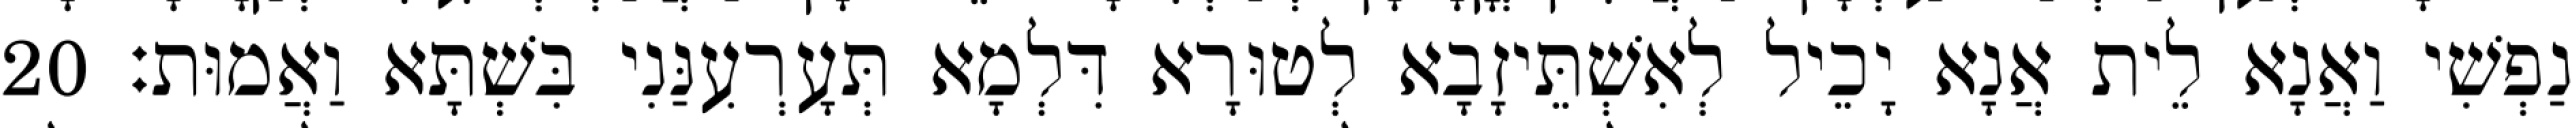
נַפְשִׁי וַאֲנָא לֵית אֲנָא יָכֵיל לְאִשְׁתֵּיזָבָא לְטוּרָא דִּלְמָא תְּעָרְעִנַּנִי בִּשְׁתָּא וַאֲמוּת׃ 20